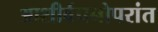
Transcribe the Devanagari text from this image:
आशीर्वचनोपरांत